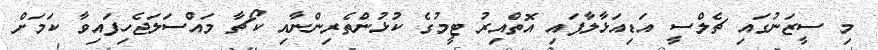
މި ސީޒަނުގައި ޗެލްސީ އަޑިއަޅާލާފައި އޮތްއިރު ޓީމުގެ ކުޅުންތެރިންނާއި ކޯޗާ މައްސަލަޖެހިފައިވާ ކަމަށް